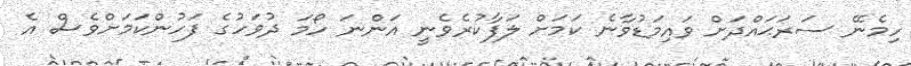
ހިމެނޭ ސަރަޙައްދަށް ވައިމަޑުވާނެ ކަމަށް ލަފާކުރެވެނީ އަންނަ ހޯމަ ދުވަހުގެ ފަހުންކަމަށްވެސް އެ